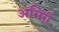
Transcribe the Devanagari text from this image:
असिरी